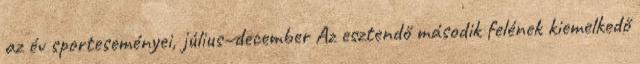
az év sporteseményei, július–december Az esztendő második felének kiemelkedő